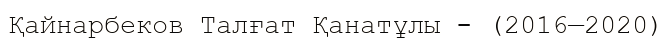
Қайнарбеков Талғат Қанатұлы - (2016—2020)